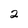
Character: 2